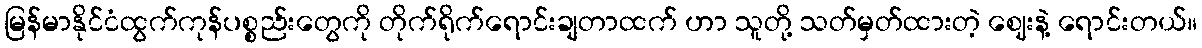
မြန်မာနိုင်ငံထွက်ကုန်ပစ္စည်းတွေကို တိုက်ရိုက်ရောင်းချတာထက် ဟာ သူတို့ သတ်မှတ်ထားတဲ့ ဈေးနဲ့ ရောင်းတယ်။